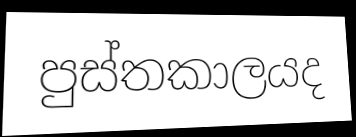
පුස්තකාලයද